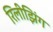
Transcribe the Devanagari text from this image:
रिलीझिंग